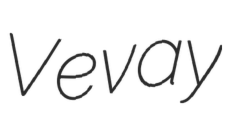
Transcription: Vevay